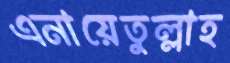
এনায়েতুল্লাহ